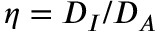
\eta = D _ { I } / D _ { A }